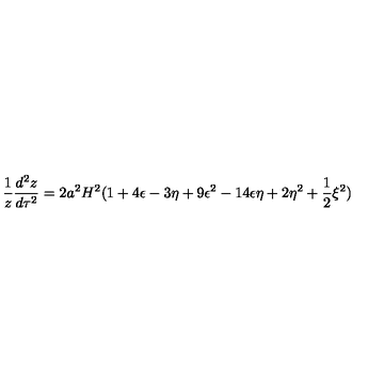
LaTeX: \frac { 1 } { z } \frac { d ^ { 2 } z } { d \tau ^ { 2 } } = 2 a ^ { 2 } H ^ { 2 } ( 1 + 4 \epsilon - 3 \eta + 9 \epsilon ^ { 2 } - 1 4 \epsilon \eta + 2 \eta ^ { 2 } + \frac { 1 } { 2 } \xi ^ { 2 } )